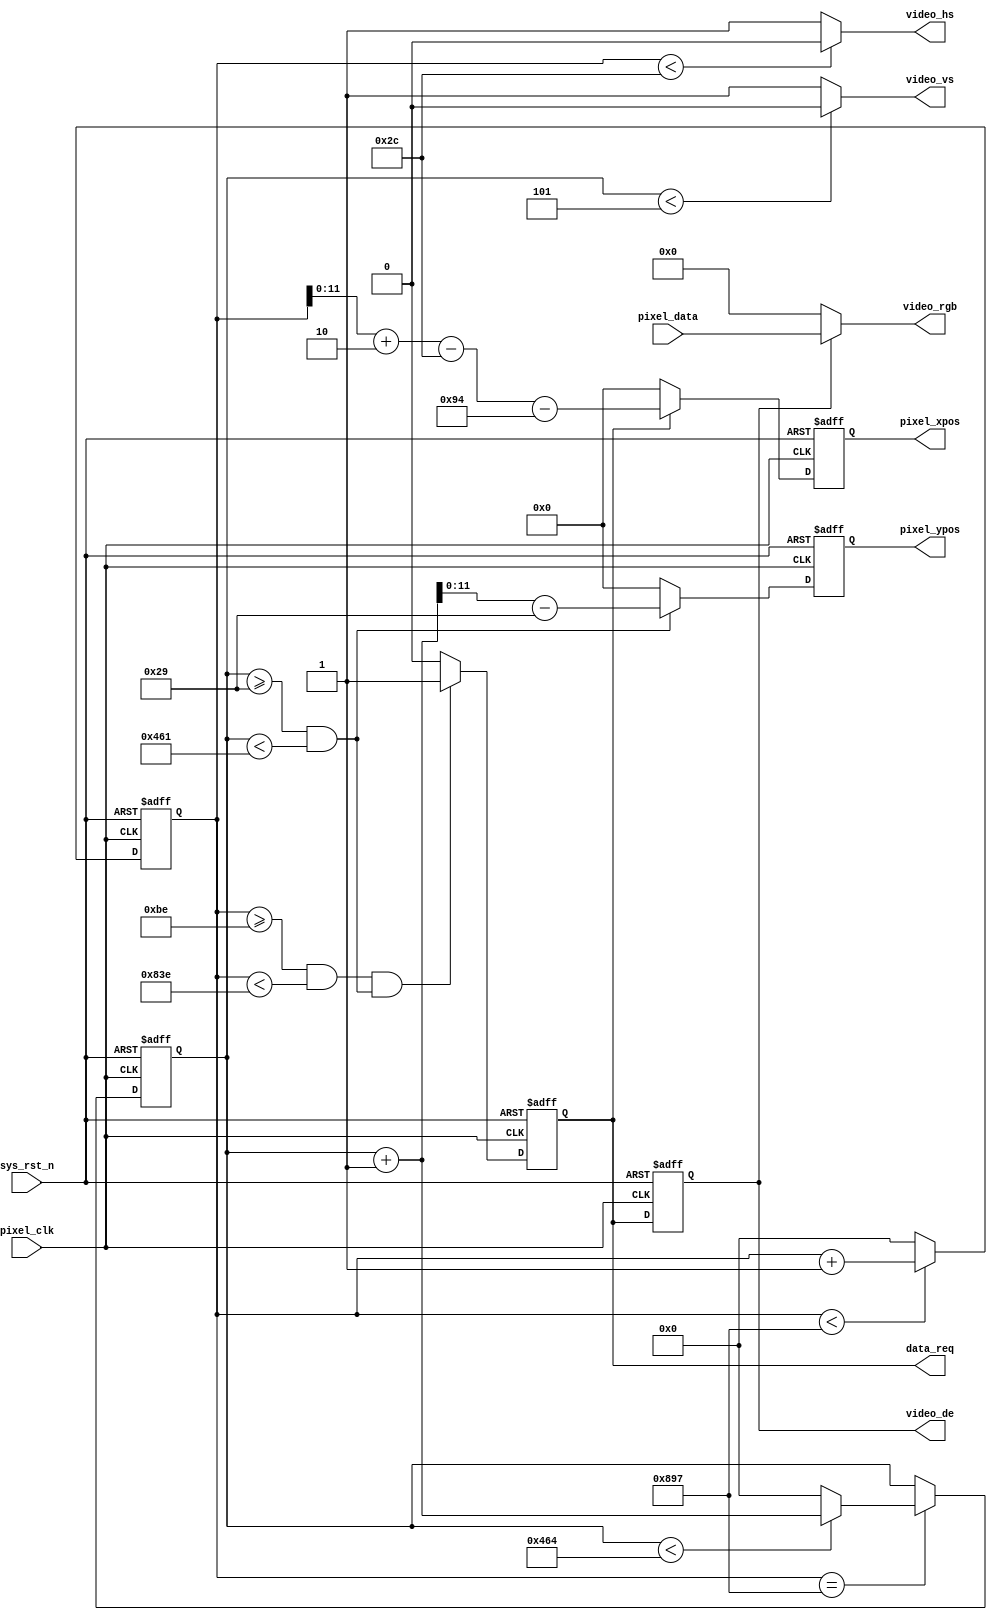
//****************************************Copyright (c)***********************************//
//www.yuanzige.com
//www.openedv.com
//http://openedv.taobao.com
//""ZYNQ & FPGA & STM32 & LINUX
//
//Copyright(C)  2018-2028
//All rights reserved
//----------------------------------------------------------------------------------------
// File name:           video_driver
// Last modified Date:  2020/05/28 20:28:08
// Last Version:        V1.0
// Descriptions:        
//                      
//----------------------------------------------------------------------------------------
// Created by:          
// Created date:        2020/05/28 20:28:08
// Version:             V1.0
// Descriptions:        The original version
//
//----------------------------------------------------------------------------------------
//****************************************************************************************//

module video_driver(
    input           	pixel_clk	,
    input           	sys_rst_n	,
		
    //RGB	
    output          	video_hs	,    //
    output          	video_vs	,    //
    output          	video_de	,    //
    output  	[23:0]  video_rgb	,    //RGB565
    output	reg			data_req 	,
	
    input   	[23:0]  pixel_data	,   //
    output  reg	[11:0]  pixel_xpos	,   //
    output  reg	[11:0]  pixel_ypos      //
);

//parameter define

//1024*768 ,60fps
//parameter  H_SYNC   =  12'd136;  //
//parameter  H_BACK   =  12'd160;  //
//parameter  H_DISP   =  11'd1024; //
//parameter  H_FRONT  =  12'd24;   //
//parameter  H_TOTAL  =  11'd1344; //

//parameter  V_SYNC   =  12'd6;    //
//parameter  V_BACK   =  12'd29;   //
//parameter  V_DISP   =  11'd768;  //
//parameter  V_FRONT  =  12'd3;    //
//parameter  V_TOTAL  =  11'd806;  //


//1920*1080 ,60fps
parameter  H_SYNC   =  12'd44;  //
parameter  H_BACK   =  12'd148;  //
parameter  H_DISP   =  12'd1920;
parameter  H_FRONT  =  12'd88;   // //
parameter  H_TOTAL  =  12'd2200;

parameter  V_SYNC   =  12'd5;    //
parameter  V_BACK   =  12'd36;   //
parameter  V_DISP   =  11'd1080;  //
parameter  V_FRONT  =  12'd4;    //
parameter  V_TOTAL  =  11'd1125;  //

//reg define
reg  [12:0] cnt_h;
reg  [12:0] cnt_v;
reg       	video_en;

//*****************************************************
//**                    main code
//*****************************************************

assign video_de  = video_en;
assign video_hs  = ( cnt_h < H_SYNC ) ? 1'b0 : 1'b1;  //
assign video_vs  = ( cnt_v < V_SYNC ) ? 1'b0 : 1'b1;  //

//RGB
always @(posedge pixel_clk or negedge sys_rst_n) begin
	if(!sys_rst_n)
		video_en <= 1'b0;
	else
		video_en <= data_req;
end

//RGB565
assign video_rgb = video_de ? pixel_data : 16'd0;

//
always @(posedge pixel_clk or negedge sys_rst_n) begin
	if(!sys_rst_n)
		data_req <= 1'b0;
	else if(((cnt_h >= H_SYNC + H_BACK - 2'd2) && (cnt_h < H_SYNC + H_BACK + H_DISP - 2'd2))
                  && ((cnt_v >= V_SYNC + V_BACK) && (cnt_v < V_SYNC + V_BACK+V_DISP)))
		data_req <= 1'b1;
	else
		data_req <= 1'b0;
end

//x
always@ (posedge pixel_clk or negedge sys_rst_n) begin
    if(!sys_rst_n)
        pixel_xpos <= 12'd0;
    else if(data_req)
        pixel_xpos <= cnt_h + 2'd2 - H_SYNC - H_BACK ;
    else 
        pixel_xpos <= 12'd0;
end
    
//y	
always@ (posedge pixel_clk or negedge sys_rst_n) begin
    if(!sys_rst_n)
        pixel_ypos <= 12'd0;
    else if((cnt_v >= (V_SYNC + V_BACK)) && (cnt_v < (V_SYNC + V_BACK + V_DISP)))
        pixel_ypos <= cnt_v + 1'b1 - (V_SYNC + V_BACK) ;
    else 
        pixel_ypos <= 12'd0;
end

//
always @(posedge pixel_clk or negedge sys_rst_n) begin
    if (!sys_rst_n)
        cnt_h <= 12'd0;
    else begin
        if(cnt_h < H_TOTAL - 1'b1)
            cnt_h <= cnt_h + 1'b1;
        else 
            cnt_h <= 12'd0;
    end
end

//
always @(posedge pixel_clk or negedge sys_rst_n) begin
    if (!sys_rst_n)
        cnt_v <= 12'd0;
    else if(cnt_h == H_TOTAL - 1'b1) begin
        if(cnt_v < V_TOTAL - 1'b1)
            cnt_v <= cnt_v + 1'b1;
        else 
            cnt_v <= 12'd0;
    end
end

endmodule